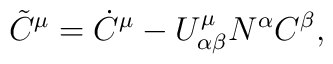
\tilde{C}^{\mu} = \dot{C}^{\mu} - U^{\mu}_{\alpha\beta} N^{\alpha} C^{\beta},